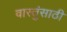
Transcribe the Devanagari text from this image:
वास्तुंसाठी